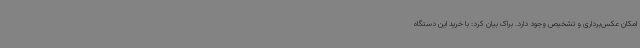
امکان عکس‌برداری و تشخیص وجود دارد. براک بیان کرد: با خرید این دستگاه